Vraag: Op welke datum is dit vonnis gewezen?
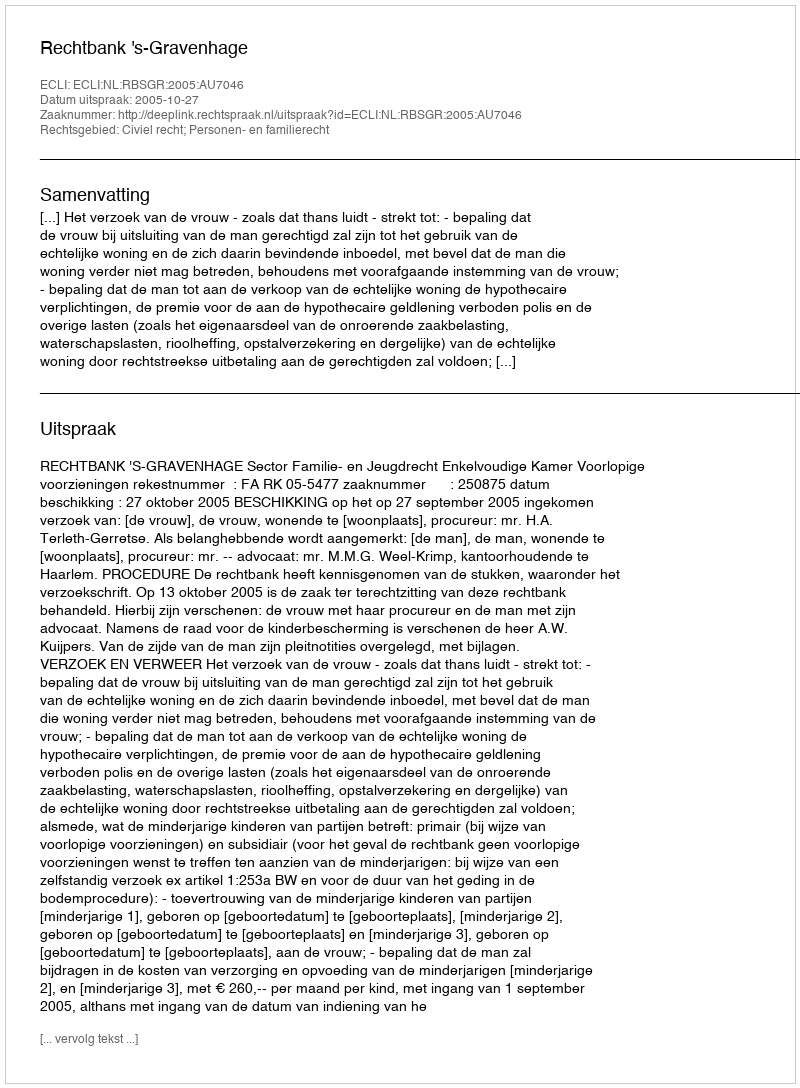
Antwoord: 2005-10-27